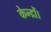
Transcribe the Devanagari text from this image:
केन्द्रों।